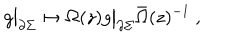
LaTeX: g \bigr | _ { \partial \Sigma } \mapsto \Omega ( z ) g \bigr | _ { \partial \Sigma } \bar { \Omega } ( z ) ^ { - 1 } ~ ,